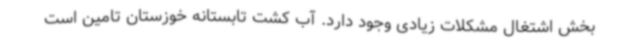
بخش اشتغال مشکلات زیادی وجود دارد. آب کشت تابستانه خوزستان تامین است